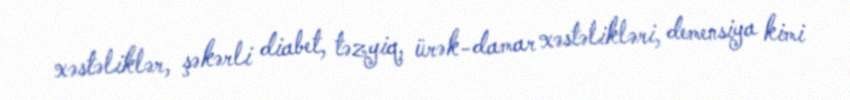
xəstəliklər, şəkərli diabet, təzyiq, ürək-damar xəstəlikləri, demensiya kimi